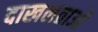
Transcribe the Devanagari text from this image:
दाखलताओं